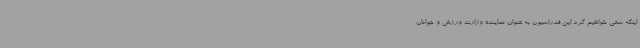
اینکه سعی خواهیم کرد این فدراسیون به عنوان نماینده وزارت ورزش و جوانان